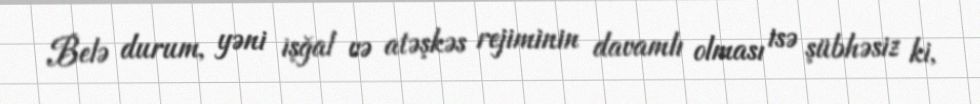
Belə durum, yəni işğal və atəşkəs rejiminin davamlı olması isə şübhəsiz ki,